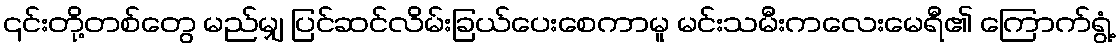
၎င်းတို့တစ်တွေ မည်မျှ ပြင်ဆင်လိမ်းခြယ်ပေးစေကာမူ မင်းသမီးကလေးမေရီ၏ ကြောက်ရွံ့